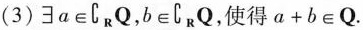
（3）$$\exists a \in \complemen t _ { \mathbf { R } } \mathbf { Q } , b \in \complement _ { \mathbf { R } } \mathbf { Q }$$，使得$$a + b \in \mathbf { Q } \text { . }$$